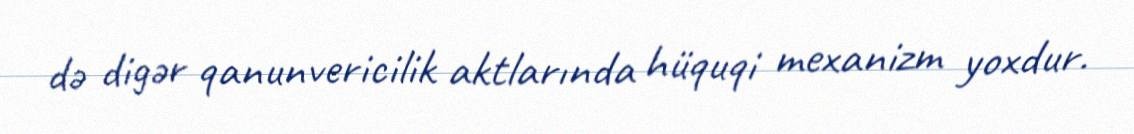
də digər qanunvericilik aktlarında hüquqi mexanizm yoxdur.